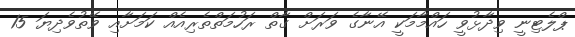
ޕްލެޓިނީ ވިދާޅުވީ ހައްމާމަކީ އޭނާގެ ވަރަށް ގާތް ރަހުމަތްތެރިއެއް ކަމަށާއި ވޭތުވެދިޔަ 15